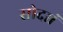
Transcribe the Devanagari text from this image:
सोदञ्चं